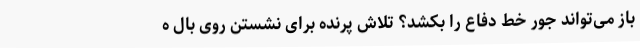
باز می‌تواند جور خط دفاع را بکشد؟ تلاش پرنده برای نشستن روی بال ه